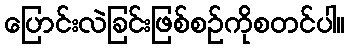
ပြောင်းလဲခြင်းဖြစ်စဉ်ကိုစတင်ပါ။